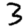
Digit: 3